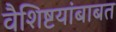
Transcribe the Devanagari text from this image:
वैशिष्टयांबाबत